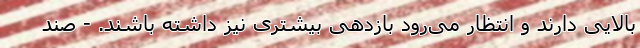
بالایی دارند و انتظار می‌رود بازدهی بیشتری نیز داشته باشند. - صند